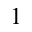
^ 1